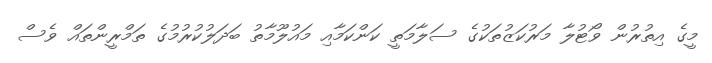
މީގެ އިތުރުން ވޯޓުލާ މަރުކަޒުތަކުގެ ސަލާމަތީ ކަންކަމާއި މައުލޫމާތު ބަދަލުކުރުމުގެ ތަމްރީންތައް ވެސް